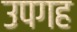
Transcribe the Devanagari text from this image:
उपगह